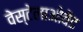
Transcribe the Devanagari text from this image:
वेस्टेलाओवेंड